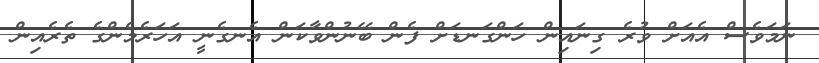
ނަމަވެސް އެއަށް ވުރެ ގިނައިން ހަންގަނޑަށް ފެން ބޭނުންވާކަން އެނގެނީ އަހަރެމެންގެ ތެރެއިން